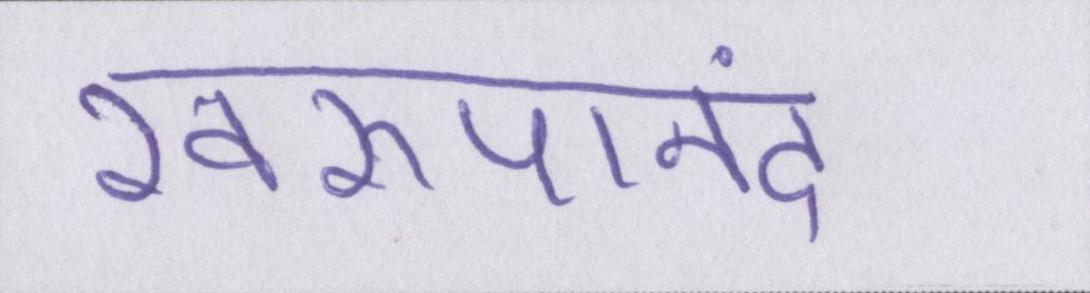
स्वरूपानंद